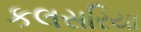
કલસરિયા